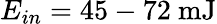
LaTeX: E_{in}=45-72\mathrm{~mJ}